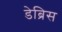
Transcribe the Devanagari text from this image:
डेब्रिस